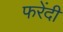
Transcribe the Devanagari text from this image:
फरेंदी